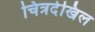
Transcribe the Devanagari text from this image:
चित्रदेखिल